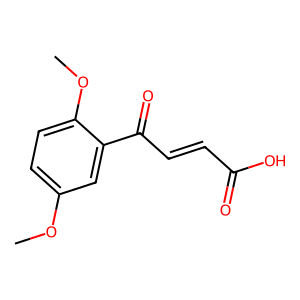
SMILES: COc1ccc(OC)c(C(=O)C=CC(=O)O)c1
Inhibits HIV replication: No